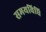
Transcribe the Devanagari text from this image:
समयविधि